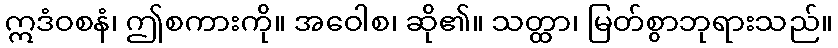
ဣဒံဝစနံ၊ ဤစကားကို။ အဝေါစ၊ ဆို၏။ သတ္ထာ၊ မြတ်စွာဘုရားသည်။